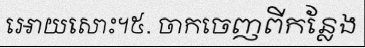
អោយសោះ។៥. ចាកចេញពីកន្លែង